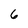
Character: 6